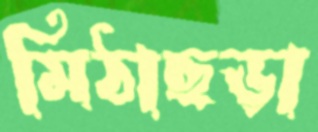
মিঠাছড়া